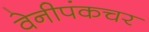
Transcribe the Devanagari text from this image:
वेनीपंकचर